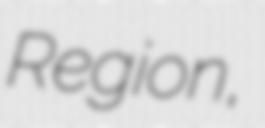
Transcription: Region,